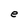
Character: e